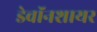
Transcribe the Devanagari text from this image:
डेवॉनशायर